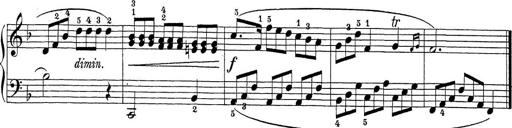
Title: Sonatina Album
Composer: Louis KÃ¶hler